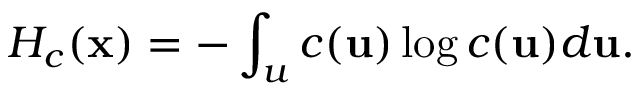
H _ { c } ( \mathbf { x } ) = - \int _ { u } { c ( \mathbf { u } ) \log c ( \mathbf { u } ) d \mathbf { u } } .